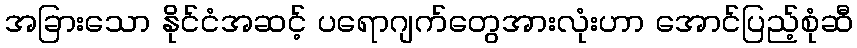
အခြားသော နိုင်ငံအဆင့် ပရောဂျက်တွေအားလုံးဟာ အောင်ပြည့်စုံဆီ